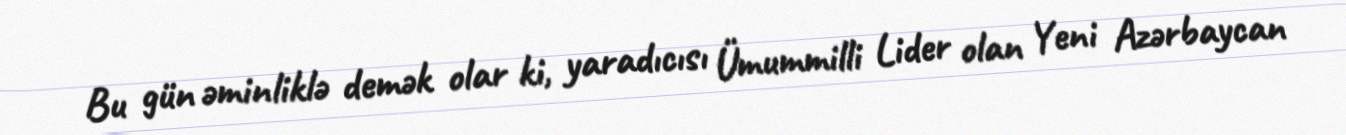
Bu gün əminliklə demək olar ki, yaradıcısı Ümummilli Lider olan Yeni Azərbaycan